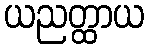
ယညတ္ထာယ